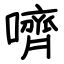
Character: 嚌